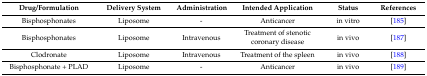
| Drug/Formulation | Delivery System | Administration | Intended Application | Status | References |
 | --- | --- | --- | --- | --- | --- |
 | Bisphosphonates | Liposome | - | Anticancer | in vitro | [185] |
 | Bisphosphonates | Liposome | Intravenous | Treatment of stenotic coronary disease | in vivo | [187] |
 | Clodronate | Liposome | Intravenous | Treatment of the spleen | in vivo | [188] |
 | Bisphosphonate + PLAD | Liposome | - | Anticancer | in vivo | [189] |